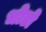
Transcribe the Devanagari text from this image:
धोडो